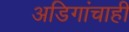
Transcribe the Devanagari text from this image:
अडिगांचाही